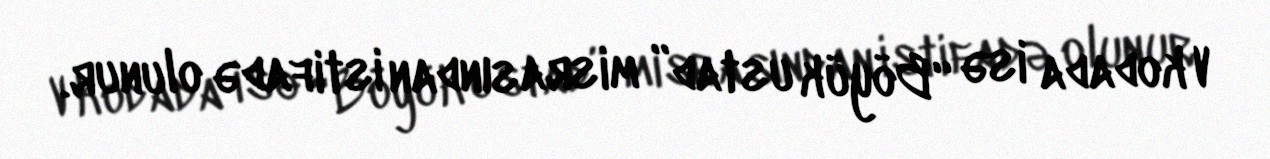
V kodada isə “Böyük ustad” misrasından istifadə olunur.